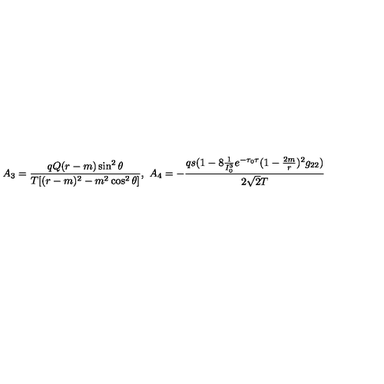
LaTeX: A _ { 3 } = { \frac { q Q ( r - m ) \sin ^ { 2 } \theta } { T [ ( r - m ) ^ { 2 } - m ^ { 2 } \cos ^ { 2 } \theta ] } } , \ A _ { 4 } = - { \frac { q s ( 1 - 8 { \frac { 1 } { I _ { 0 } ^ { 3 } } } e ^ { - \tau _ { 0 } \tau } ( 1 - { \frac { 2 m } { r } } ) ^ { 2 } g _ { 2 2 } ) } { 2 \sqrt { 2 } T } }